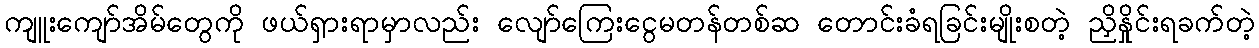
ကျူးကျော်အိမ်တွေကို ဖယ်ရှားရာမှာလည်း လျော်ကြေးငွေမတန်တစ်ဆ တောင်းခံရခြင်းမျိုးစတဲ့ ညှိနှိုင်းရခက်တဲ့